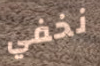
نخفي